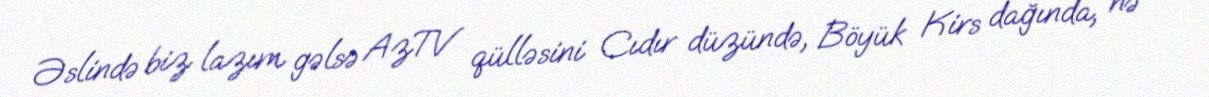
Əslində biz lazım gəlsə AzTV qülləsini Cıdır düzündə, Böyük Kirs dağında, nə